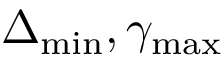
\Delta _ { \mathrm { m i n } } , \gamma _ { \mathrm { m a x } }